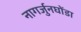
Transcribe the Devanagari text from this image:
नागर्जुनघोंडा